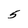
Character: 5